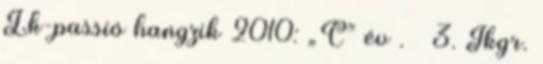
Lk-passió hangzik 2010: „C” év . – 3. Ikgr.